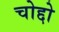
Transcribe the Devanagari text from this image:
चोद्दो